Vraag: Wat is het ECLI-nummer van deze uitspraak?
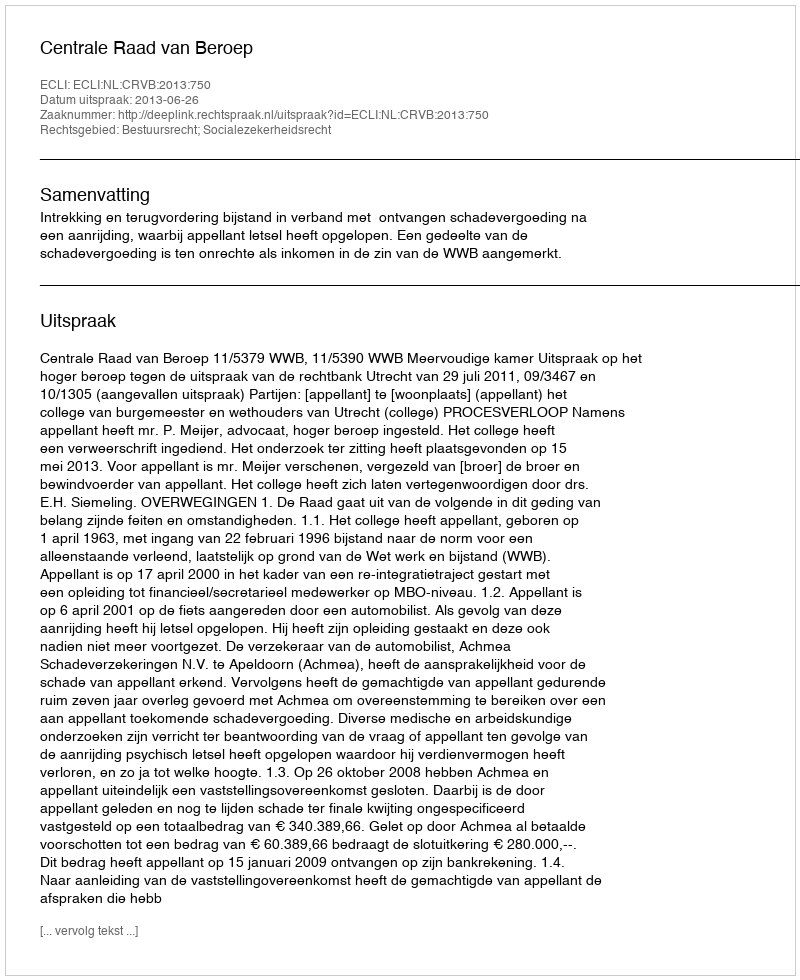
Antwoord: ECLI:NL:CRVB:2013:750